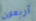
أربعون